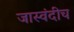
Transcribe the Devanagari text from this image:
जास्वंदीच